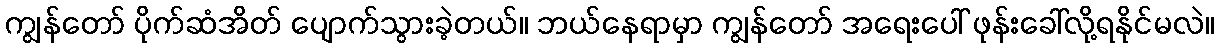
ကျွန်တော် ပိုက်ဆံအိတ် ပျောက်သွားခဲ့တယ်။ ဘယ်နေရာမှာ ကျွန်တော် အရေးပေါ် ဖုန်းခေါ်လို့ရနိုင်မလဲ။